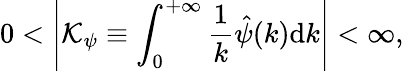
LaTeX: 0<\left|\mathcal{K}_{\psi}\equiv\int_{0}^{+\infty}\frac{1}{k}\hat{\psi}(k)\mathrm{d}k\right|<\infty,